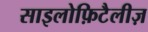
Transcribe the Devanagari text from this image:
साइलोफ़िटैलीज़